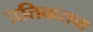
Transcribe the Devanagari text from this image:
प्रतिकराचा